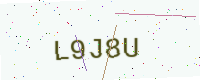
Text: L9J8U